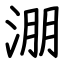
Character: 淜